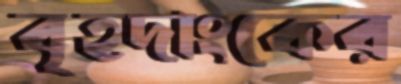
বৃহদাংকের